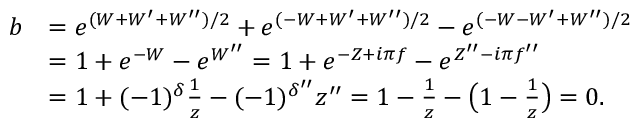
\begin{array} { r l } { b } & { = e ^ { ( W + W ^ { \prime } + W ^ { \prime \prime } ) / 2 } + e ^ { ( - W + W ^ { \prime } + W ^ { \prime \prime } ) / 2 } - e ^ { ( - W - W ^ { \prime } + W ^ { \prime \prime } ) / 2 } } \\ & { = 1 + e ^ { - W } - e ^ { W ^ { \prime \prime } } = 1 + e ^ { - Z + i \pi f } - e ^ { Z ^ { \prime \prime } - i \pi f ^ { \prime \prime } } } \\ & { = 1 + ( - 1 ) ^ { \delta } \frac { 1 } { z } - ( - 1 ) ^ { \delta ^ { \prime \prime } } z ^ { \prime \prime } = 1 - \frac { 1 } { z } - \bigl ( 1 - \frac { 1 } { z } \bigr ) = 0 . } \end{array}